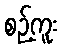
စဉ့်ကူး